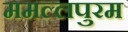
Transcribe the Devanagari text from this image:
ममल्लपुरम